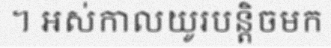
។ អស់កាលយូរបន្តិចមក